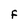
Character: F